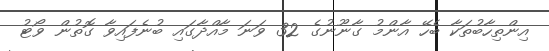
އިންތިހާބުތަކާ ބެހޭ އާންމު ގާނޫނުގެ 32 ވަނަ މާއްދާގައި ބުނެފައިވާ ގޮތުން ވޯޓު